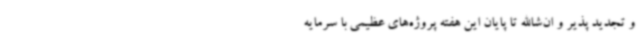
و تجدید پذیر و ان‌شاالله تا پایان این هفته پروژه‌های عظیمی با سرمایه